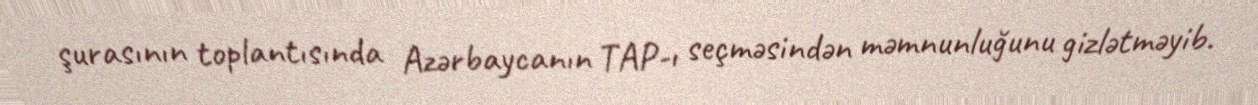
şurasının toplantısında Azərbaycanın TAP-ı seçməsindən məmnunluğunu gizlətməyib.